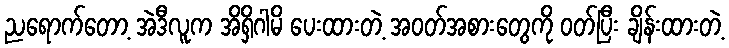
ညရောက်တော့ အဲဒီလူက အိရှိဂါမိ ပေးထားတဲ့ အဝတ်အစားတွေကို ဝတ်ပြီး ချိန်းထားတဲ့